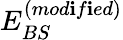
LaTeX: E_{BS}^{(mod\mathbf{i}f\mathbf{i}ed)}